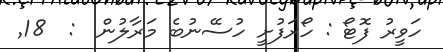
ހަވީރު ފޮޓޯ : ހޯރަފުށީ ހުސޭނުބެ މަރާލުން  :  18